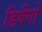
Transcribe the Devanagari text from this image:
डिबैंगो